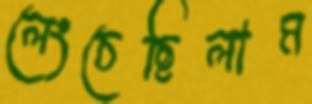
লেংচেছিলাম